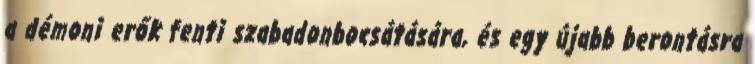
a démoni erők fenti szabadonbocsátására, és egy újabb berontásra